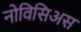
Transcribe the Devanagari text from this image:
नोविसिअस